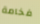
فخامة